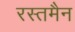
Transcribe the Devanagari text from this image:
रस्तमैन